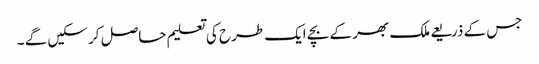
جس کے ذریعے ملک بھر کے بچے ایک طرح کی تعلیم حاصل کر سکیں گے ۔